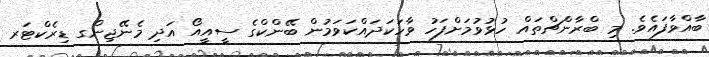
ބާއްވާފައެވެ. މި ބްރާންޗްތައް ހުޅުވުމަށްފަހު ވާހަކަދައްކަވަމުން ބޭންކްގެ ސީއީއޯ އަދި މެނޭޖިންގ ޑިރެކްޓަރ